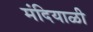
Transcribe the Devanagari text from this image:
मंदियाळी